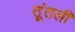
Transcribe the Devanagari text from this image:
तूंतली